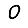
Digit: 0